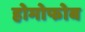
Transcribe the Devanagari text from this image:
होमोफोब